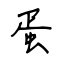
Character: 蛋